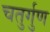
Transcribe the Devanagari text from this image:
चतुर्गुण